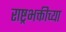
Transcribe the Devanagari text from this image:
राष्ट्रभक्तीच्या